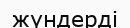
жүндерді